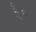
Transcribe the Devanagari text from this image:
बैरु